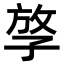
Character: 𡥮